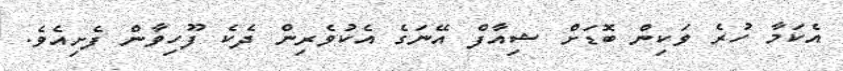
އެކަމާ ހުރެ ވަކިން ބޮޑަށް ޝިއާފް އޭނަގެ އެކުވެރިން ދެކެ ފޫހިވާން ފެށިއެވެ.